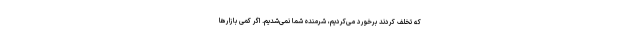
که تخلف کردند برخورد می‌کردیم، شرمنده شما نمی‌شدیم. اگر کمی بازارها